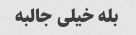
بله خیلی جالبه